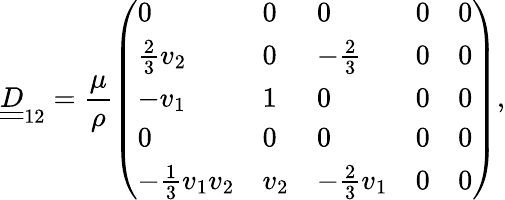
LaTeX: \underline{{\underline{{D}}}}_{12}=\frac{\mu}{\rho}\left(\begin{array}{lllll}{0}&{0}&{0}&{0}&{0}\\ {\frac{2}{3}v_{2}}&{0}&{-\frac{2}{3}}&{0}&{0}\\ {-v_{1}}&{1}&{0}&{0}&{0}\\ {0}&{0}&{0}&{0}&{0}\\ {-\frac{1}{3}v_{1}v_{2}}&{v_{2}}&{-\frac{2}{3}v_{1}}&{0}&{0}\end{array}\right),